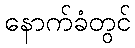
နောက်ခံတွင်